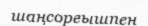
шаңсорғышпен